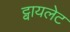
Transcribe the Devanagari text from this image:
ट्वायलेट